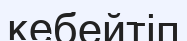
кебейтіп